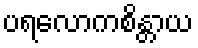
ပရလောကစိန္တာယ